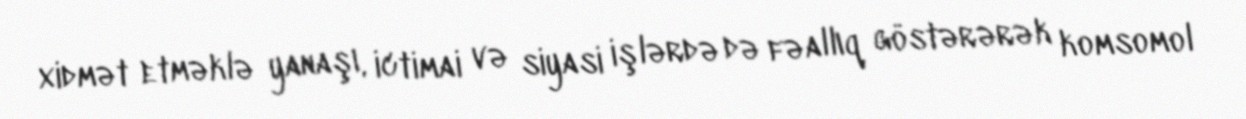
xidmət etməklə yanaşı, ictimai və siyasi işlərdə də fəallıq göstərərək komsomol